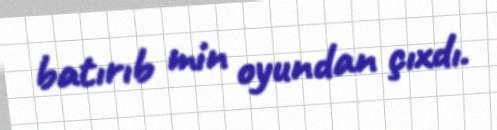
batırıb min oyundan çıxdı.